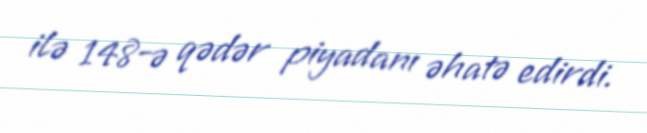
ilə 148-ə qədər piyadanı əhatə edirdi.